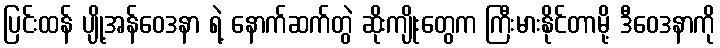
ပြင်းထန် ပျို့အန်ဝေဒနာ ရဲ့ နောက်ဆက်တွဲ ဆိုးကျိုးတွေက ကြီးမားနိုင်တာမို့ ဒီဝေဒနာကို